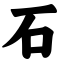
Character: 石